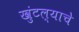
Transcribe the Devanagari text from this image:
खुंटल्याचे